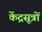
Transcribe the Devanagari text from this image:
केंद्रसूत्रों